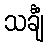
သင်္ချံ